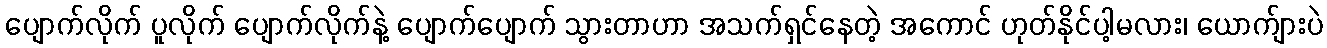
ပျောက်လိုက် ပူလိုက် ပျောက်လိုက်နဲ့ ပျောက်ပျောက် သွားတာဟာ အသက်ရှင်နေတဲ့ အကောင် ဟုတ်နိုင်ပါ့မလား၊ ယောက်ျားပဲ